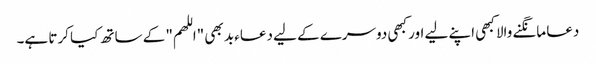
دعا مانگنے والا کبھی اپنے لیے اور کبھی دوسرے کے لیے دعاء بد بھی "اللھم" کے ساتھ کیا کرتا ہے۔